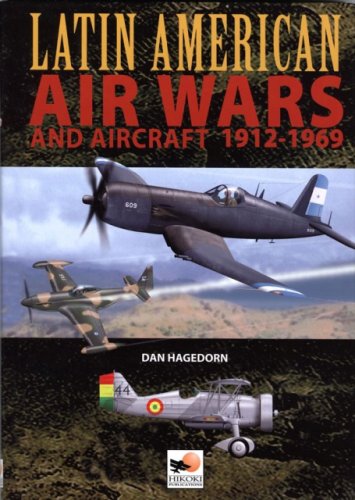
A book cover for Latin American Air Wars 1912-1969; Dan Hagedorn; Arts & Photography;